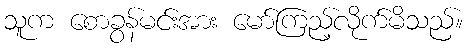
သူက စောခွန်မင်းအား မော်ကြည့်လိုက်မိသည်။